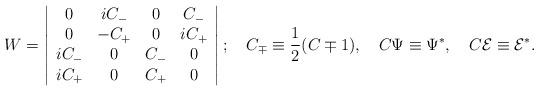
LaTeX: \begin{align*}W=\left|\begin{array}{cccc}0 & iC_{-} & 0 & C_{-} \\0 & -C_{+} & 0 & iC_{+} \\iC_{-} & 0 & C_{-} & 0 \\iC_{+} & 0 & C_{+} & 0\end{array}\right|; \quad C_{\mp }\equiv \frac 12(C\mp 1), \quad C\Psi \equiv \Psi^{*}, \quad C\mathcal{E}\equiv \mathcal{E}^{*}. \end{align*}